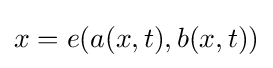
x=e(a(x,t),b(x,t))